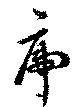
虎